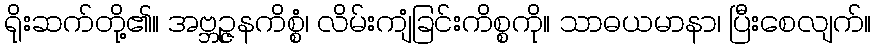
ရိုးဆက်တို့၏။ အဗ္ဘဉ္ဇနကိစ္စံ၊ လိမ်းကျံခြင်းကိစ္စကို။ သာဓယမာနာ၊ ပြီးစေလျက်။